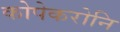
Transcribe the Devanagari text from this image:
कोपेकरोनि